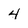
Character: 4